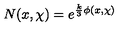
N ( x , \chi ) = e ^ { { \frac { k } { 3 } } \phi ( x , \chi ) }